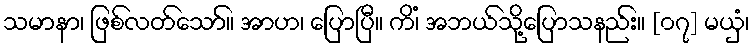
သမာနာ၊ ဖြစ်လတ်သော်။ အာဟ၊ ပြောပြီ။ ကိံ၊ အဘယ်သို့ပြောသနည်း။ [၀၇] မယှံ၊